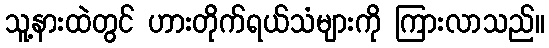
သူ့နားထဲတွင် ဟားတိုက်ရယ်သံများကို ကြားလာသည်။